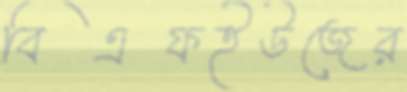
বিএফইউজের